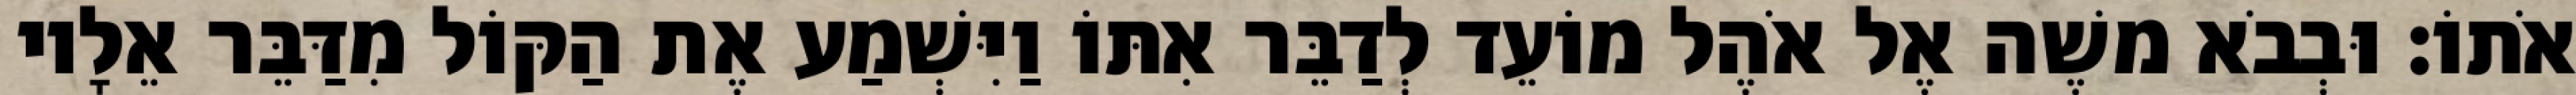
אֹתוֹ׃ וּבְבֹא משֶׁה אֶל אֹהֶל מוֹעֵד לְדַבֵּר אִתּוֹ וַיִּשְׁמַע אֶת הַקּוֹל מִדַּבֵּר אֵלָיו